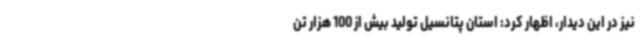
نیز در این دیدار، اظهار کرد: استان پتانسیل تولید بیش از 100 هزار تن